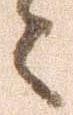
々